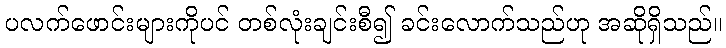
ပလက်ဖောင်းများကိုပင် တစ်လုံးချင်းစီ၍ ခင်းလောက်သည်ဟု အဆိုရှိသည်။